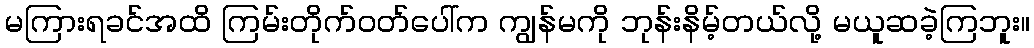
မကြားရခင်အထိ ကြမ်းတိုက်ဝတ်ပေါ်က ကျွန်မကို ဘုန်းနိမ့်တယ်လို့ မယူဆခဲ့ကြဘူး။